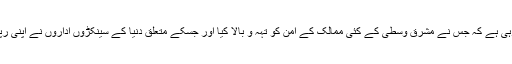
داعش اب افغانستان میں مسلسل زور پکڑ رہی ہے کہ جس نے مشرق وسطٰی کے کئی ممالک کے امن کو تہہ و بالا کیا اور جسکے متعلق دنیا کے سینکڑوں اداروں نے اپنی رپورٹس میں اسے امریکی پراڈکٹ قرار دیا ۔